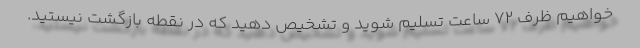
‌خواهیم ظرف 72 ساعت تسلیم شوید و تشخیص دهید که در نقطه بازگشت نیستید.